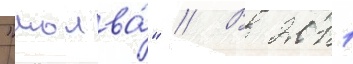
"молва́" // В 2011